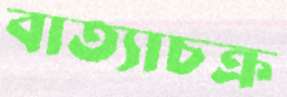
বাত্যাচক্র